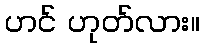
ဟင် ဟုတ်လား။